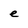
Character: e